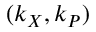
( k _ { X } , k _ { P } )